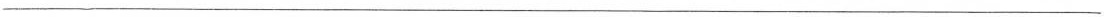
___